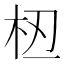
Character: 𫞈